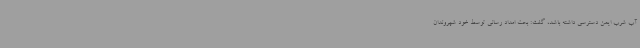
آب شرب ایمن دسترسی داشته باشد، گفت: بحث امداد رسانی توسط خود شهروندان